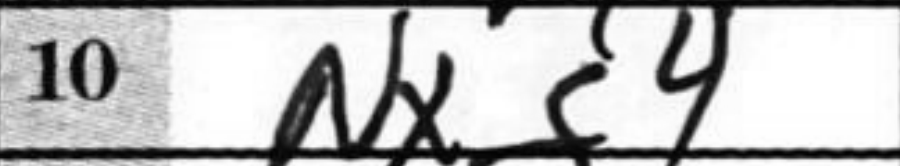
Transcription: Nxg4